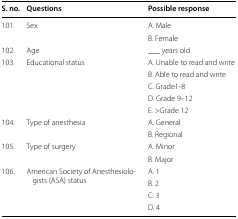
<table><thead><tr><td><b>S. no.</b></td><td><b>Questions</b></td><td><b>Possible response</b></td></tr></thead><tbody><tr><td rowspan="2">101.</td><td rowspan="2">Sex</td><td>A. Male</td></tr><tr><td>B. Female</td></tr><tr><td>102.</td><td>Age</td><td>___ years old</td></tr><tr><td rowspan="5">103.</td><td rowspan="5">Educational status</td><td>A. Unable to read and write</td></tr><tr><td>B. Able to read and write</td></tr><tr><td>C. Grade1-8</td></tr><tr><td>D. Grade 9–12</td></tr><tr><td>E. &gt;Grade 12</td></tr><tr><td rowspan="2">104.</td><td rowspan="2">Type of anesthesia</td><td>A. General</td></tr><tr><td>B. Regional</td></tr><tr><td rowspan="2">105.</td><td rowspan="2">Type of surgery</td><td>A. Minor</td></tr><tr><td>B. Major</td></tr><tr><td rowspan="4">106.</td><td rowspan="4">American Society of Anesthesiologists (ASA) status</td><td>A. 1</td></tr><tr><td>B. 2</td></tr><tr><td>C. 3</td></tr><tr><td>D. 4</td></tr></tbody></table>